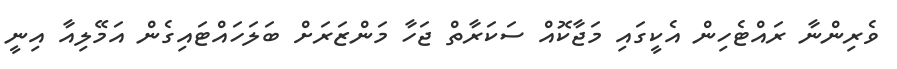
ވެރިންނާ ރައްޓެހިން އެކީގައި މަޖާކޮއް ސަކަރާތް ޖަހާ މަންޒަރަށް ބަލަހައްޓައިގެން އަމޭލިއާ އިނީ